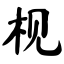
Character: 枧